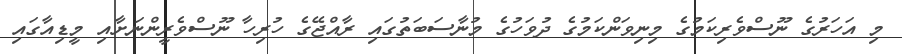
މި އަހަރުގެ ނޫސްވެރިކަމުގެ މިނިވަންކަމުގެ ދުވަހުގެ މުނާސަބަތުގައި ރާއްޖޭގެ ހުރިހާ ނޫސްވެރީންނަށާއި މީޑިއާގައި